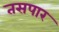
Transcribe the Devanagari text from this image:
तसपार